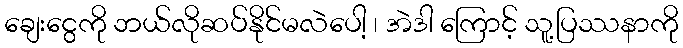
ချေးငွေကို ဘယ်လိုဆပ်နိုင်မလဲပေါ့ ၊ အဲဒါ ကြောင့် သူ့ပြဿနာကို